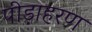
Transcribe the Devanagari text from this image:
पीड़ाहरण